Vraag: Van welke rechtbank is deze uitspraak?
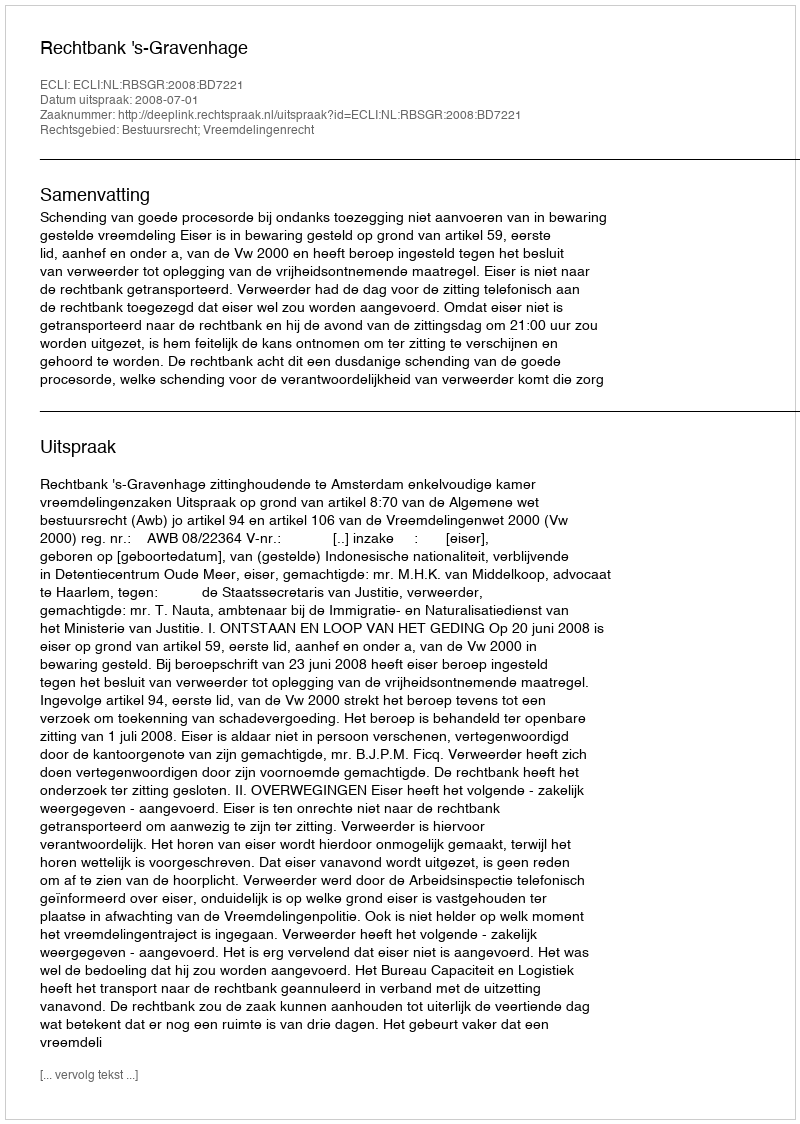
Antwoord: Rechtbank 's-Gravenhage